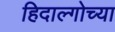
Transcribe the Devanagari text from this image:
हिदाल्गोच्या